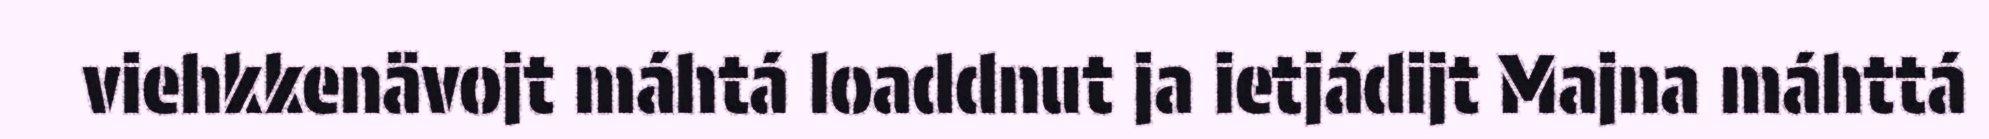
viehkkenävojt máhtá loaddnut ja ietjádijt Majna máhttá